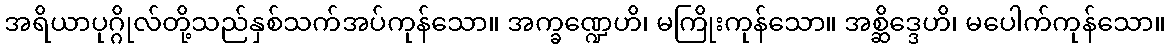
အရိယာပုဂ္ဂိုလ်တို့သည်နှစ်သက်အပ်ကုန်သော။ အက္ခဏ္ဍေဟိ၊ မကြိုးကုန်သော။ အစ္ဆိဒ္ဒေဟိ၊ မပေါက်ကုန်သော။